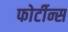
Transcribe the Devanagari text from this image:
फोर्टीन्स